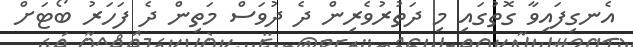
އެނގިފައިވާ ގޮތުގައި މި ދަތުރުވެރިން ދެ ދުވަސް މަތިން ދެ ފަހަރު ބޯޓަށް